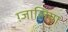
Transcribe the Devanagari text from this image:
ग़्जालिया